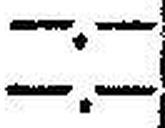
—.—